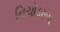
નિચોડરૂપ